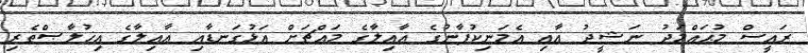
ރައީސް މުޙައްމަދު ނަޝީދު އާއި އެމަނިކުފާނުގެ ޢާއިލާގެ މައްޗަށް އަޅުގަނޑާއި ޢާއިލާގެ އިޚުލާޞްތެރި